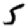
Digit: 5